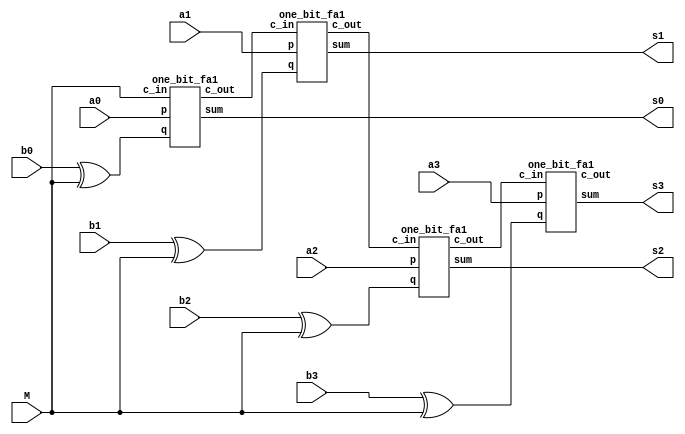
`timescale 1ns / 1ps
module Lab2(a0, a1, a2, a3, b0, b1, b2, b3, M, s0, s1, s2, s3);
	input a0, a1, a2, a3;
	input b0, b1, b2, b3;
	input M;
	output s0, s1, s2, s3;	
	wire t1, t2, t3, t4;
	wire x1, x2, x3, x4;
	
	xor(x1, b0, M);
	xor(x2, b1, M);
	xor(x3, b2, M);
	xor(x4, b3, M);
	one_bit_fa1 ob1(s0, t1, a0, x1, M);	// use gate-level
	one_bit_fa1 ob2(s1, t2, a1, x2, t1);
	one_bit_fa1 ob3(s2, t3, a2, x3, t2);
	one_bit_fa1 ob4(s3, t4, a3, x4, t3);
	
endmodule

module one_bit_fa1(sum, c_out, p, q, c_in);
	input p, q, c_in;
	output sum, c_out;
	wire t1, t2, t3, t4;
	xor(t1, p, q);
	xor(sum, t1, c_in);
	
	xor(t4, p, q);
	and(t2, p, q);
	and(t3, c_in, t4);
	or(c_out, t2, t3);

endmodule